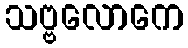
သဗ္ဗလောကေ